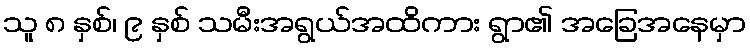
သူ ၈ နှစ်၊ ၉ နှစ် သမီးအရွယ်အထိကား ရွာ၏ အခြေအနေမှာ